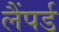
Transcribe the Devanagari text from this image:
लैंपर्ड